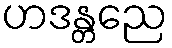
ဟဒန္တညေ